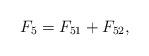
LaTeX: \begin{align*}F_5=F_{51}+F_{52},\end{align*}